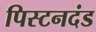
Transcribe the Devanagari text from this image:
पिस्टनदंड